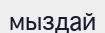
мыздай